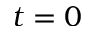
t = 0